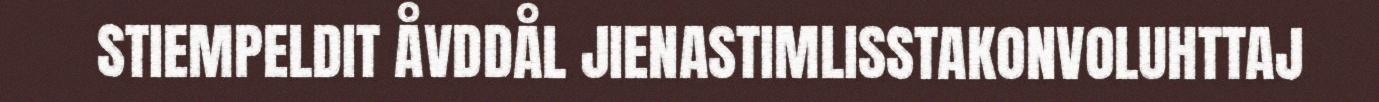
STIEMPELDIT ÅVDDÅL JIENASTIMLISSTAKONVOLUHTTAJ